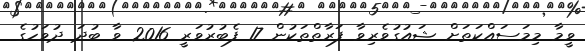
ވީމާ މިމަސައްކަތަށް ޝައުގުވެރިވާ ފަރާތްތަކުން 17 ފެބުރުވަރީ 2016 ވާ ބުދަ ދުވަހުގެ